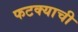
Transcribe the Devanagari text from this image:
फटक्याची